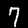
Label: 7